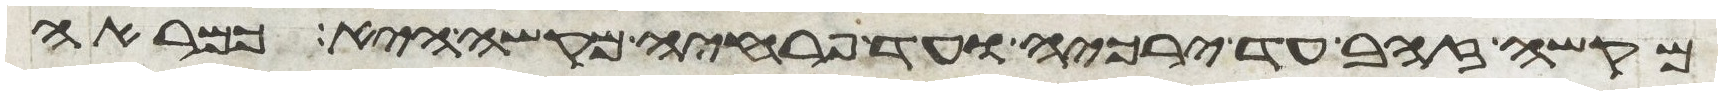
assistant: מקשה זהב עד ירכיה ועד פרחיה מקשה היא כמראה